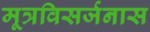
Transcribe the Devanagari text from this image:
मूत्रविसर्जनास